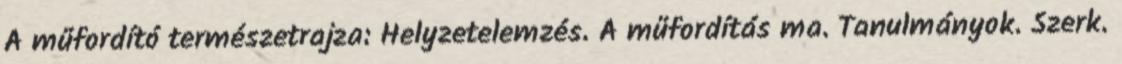
A műfordító természetrajza: Helyzetelemzés. A műfordítás ma. Tanulmányok. Szerk.